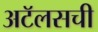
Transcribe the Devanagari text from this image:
अटॅलसची